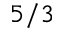
5 / 3